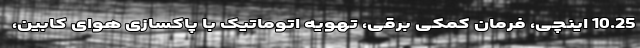
10.25 اینچی، فرمان کمکی برقی، تهویه اتوماتیک با پاکسازی هوای کابین،